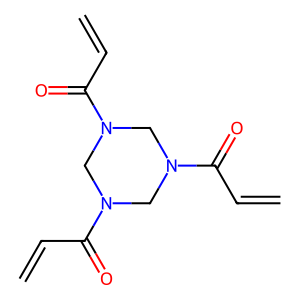
SMILES: C=CC(=O)N1CN(C(=O)C=C)CN(C(=O)C=C)C1
Inhibits HIV replication: No